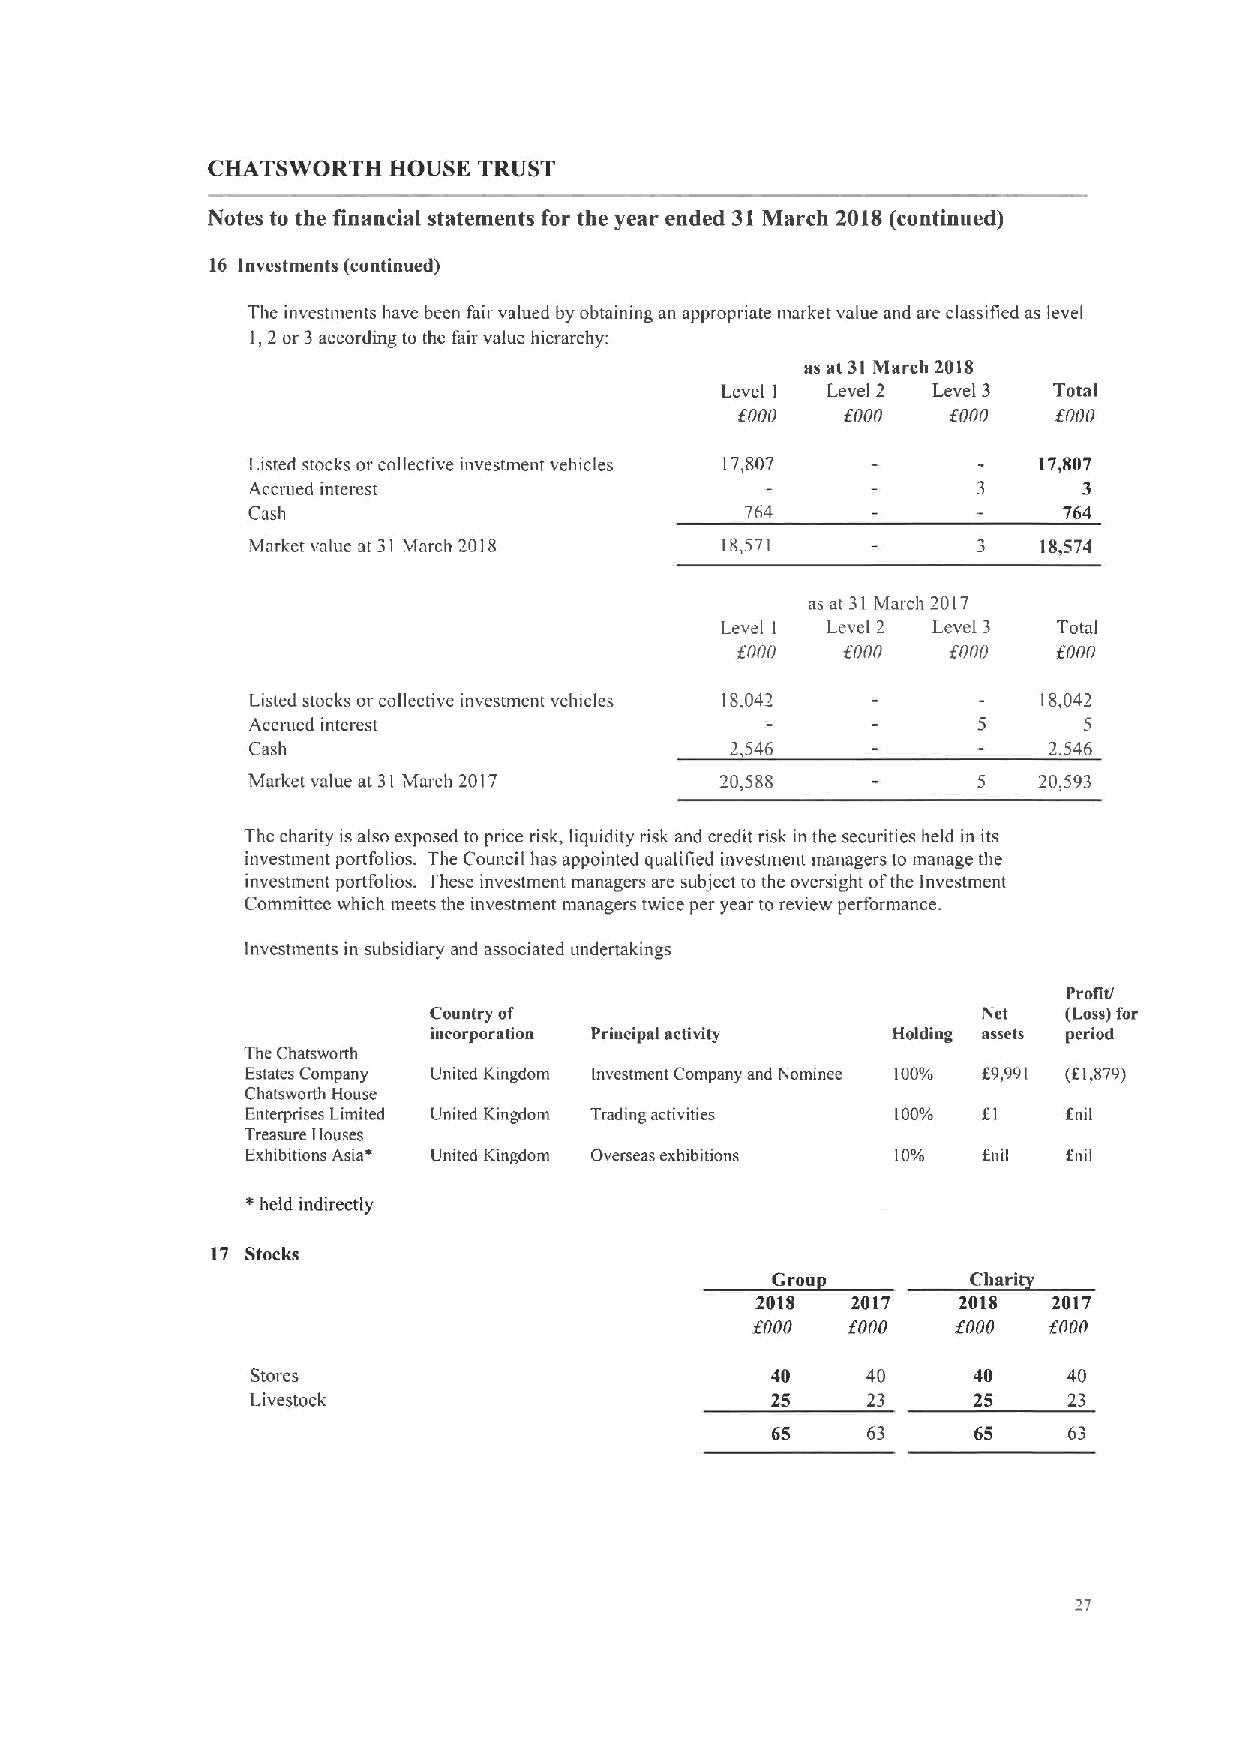
CHATSWORTH  HOUSE TRUST
 Notes to the financial statements for the year ended 31March 2018(continued)
 16 Investments (continued)
 The investments have been fair valued by obtaming an appropnate market value and are classified as level
 I,2 or 3according to the fair value hierarchy:
 as at 31 March 2018
 Level I Level 2 Leve13 Total
 soon   fnoo   form   fnoo
 Listed stocks or collective investment vehicles 17,807 17,807
 Accrued interest                                        3
 Cash                             764                  764
 Market value at 31 March 2018   18,571           3   18,574
 as at 31 March 2017
 Level I Level 2 Leve!3 Total
 fnnn   f'ono  fnoo   f'onn
 Listed stocks or collective investment vehicles 18,042 18,042
 Accnied interest                                        5
 Cash                            2,546                2,546
 Market value at 31 March 2017   20,588               20,593
 'The charity is also exposed to price risk, liquidity risk and credit risk in the securities held in its
 investment portfolios. The Council has appointed qualitied investment managers to manage the
 investment portfolios. These investment managers are subject to the oversight ofthe Investment
 Committee which meets the investment managers twice per year to review performance.
 Investments in subsidiary and associated undertakings
 Protit/
 Country of                           Net   (Loss)for
 incorporation Puacipal acnvity Holdiag assets period
 The Chatsworth
 Estates Company United Kingdom investment Company and Nominee 100% f9,991 (f1,879)
 Chatsworth House
 Enterprises Limited United Kingdom Trading activities 100% f I f nil
 Treasure Houses
 Exhibitions Asia* United Kingdom Overseas exhibitions 10%
 *
 held indirectly
 17 Stocks
 Gros
 2018  2017   2018   2017
 fnoo  fono   fnoo  zoon
 Stores                            40    40     40     40
 Livestock                         25    23     25     23
 65    63     65     63